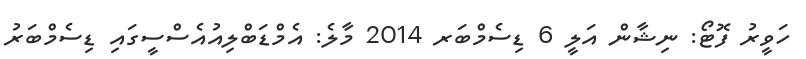
ހަވީރު ފޮޓޯ: ނިޝާން އަލީ 6 ޑިސެމްބަރ 2014 މާލެ: އެމްޑަބްލިއުއެސްސީގައި ޑިސެމްބަރު